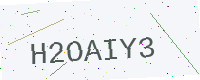
Text: H2OAIY3